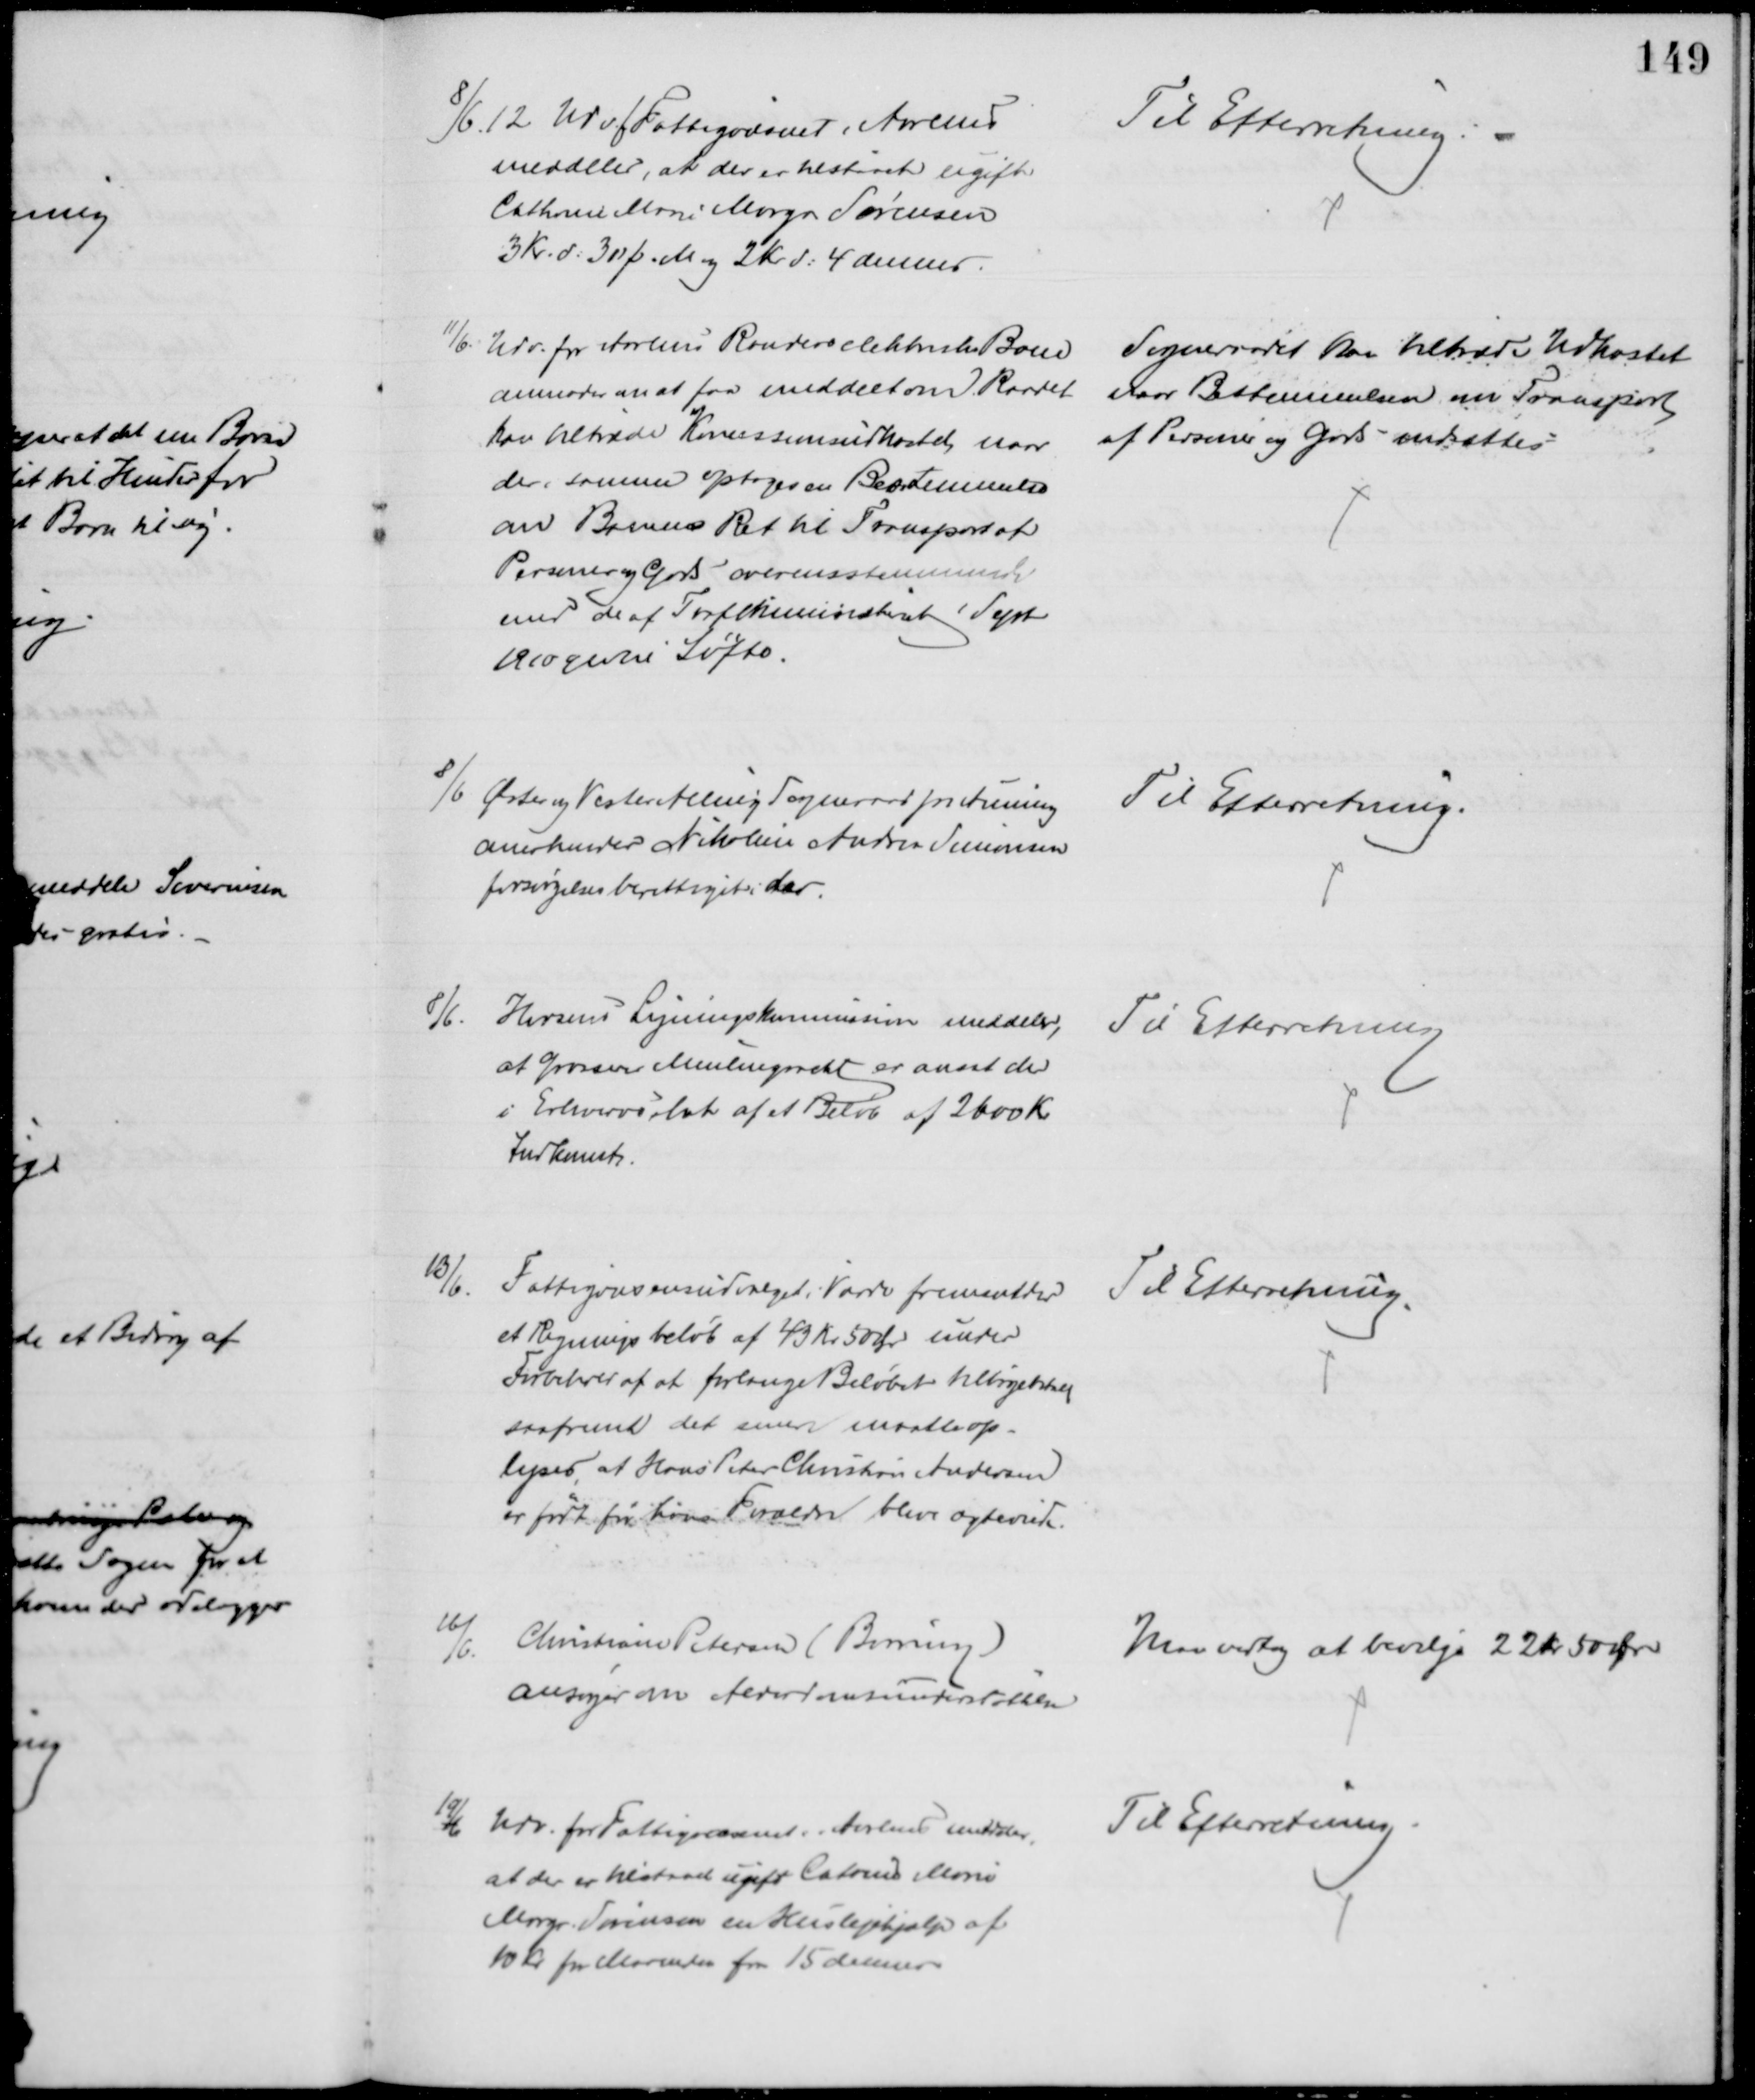
Transskription:
8/6. 12. Udv. f Fattigvæsenet Aarhus
meddeler, at der er tilstaaet ugift
Cathrine Marie Margr Sørensen
3 Kr. d: 30 f. M og 2 Kr. d: 4 dennes
Til Efterretning.
11/6. Udv. for Aarhus Randers elektriske Bane
anmoder om at faa meddelt om Raadet
kan tiltræde Koncessionsudkastet, naar
der i samme optages en Bestemmelse
om Banens Ret til Transport af
Personer og Gods overensstemmende
med de af Trafikministeret i Sept
1910 givne Løfte.
Sogneraadet kan tiltræde Udkastet
naar Bestemmelsen om Transport
af Personer og Gods indsættes
8/6 Øster og Vester Alling Sogneraad pr Auning
anerkender Nikoline Andrea Simonsen
forsørgelsesberettiget der.
Til Efterretning.
8/6. Horsens Ligningskommission meddeler,
at Grosserer Meulengracht er ansat der
i Erhvervsskat af et Beløb af 2600 Kr 
Indkomst
Til Efterretning
13/6.
Fattigvæsensudvalget i Varde fremsender
et Regningsbeløb af 43 Kr. 50 Ør under
Forbehold af at forlange Beløbet tilbagebetalt
saafremt det senere maatte op-
lyses, at Hans Peter Christian Andersen
er født før hans Forældre blive ægteviede.
Til Efterretning
16/6.
Christiane Petersen (Borring)
ansøger om Alderdomsunderstøttelse
Man vedtog at bevilge 22 kr 50 Øre
19/6 Udv. for Fattigvæsenet i Aarhus meddeler,
at der er tilstaaet ugift Catrine Marie
Margr. Sørensen en Huslejehjælp af 
10 kr for Maaneden fra 15 dennes
Til Efterretning